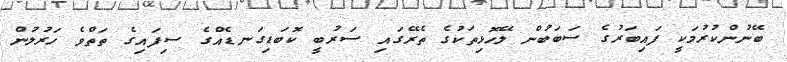
ބޭނުންކުރުމަކީ ފައިބަރުގެ ސަބަބުން ލޭހޮޅިތަކުގެ ތެރޭގައި ސަރުބީ ކޮބަޑިގަނޑެއްގެ ސިފައިގެ ތަތްވެ ހަރުލުން